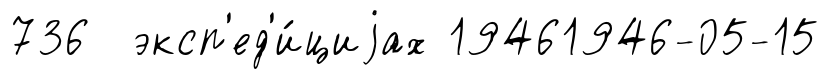
736 эксп'ед'и́циjах 19461946-05-15